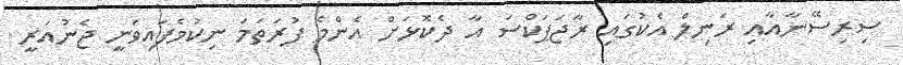
ސިރިސޭނާއާއި ރަނިލް އެކުގައި ރާޖަޕަކްސަ އާ ދެކޮޅަށް އެންމެ ފުރަތަމަ ނިކުމެފައިވަނީ ޖެނުއަރީ